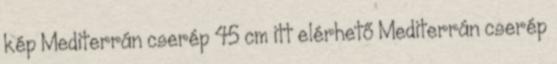
kép Mediterrán cserép 45 cm itt elérhető Mediterrán cserép